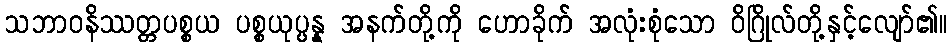
သဘာဝနိဿတ္တပစ္စယ ပစ္စယုပ္ပန္န အနက်တို့ကို ဟောခိုက် အလုံးစုံသော ဝိဂြိုလ်တို့နှင့်လျော်၏။